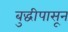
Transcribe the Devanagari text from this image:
बुद्धीपासून